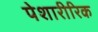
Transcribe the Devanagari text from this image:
पेशारीरिक